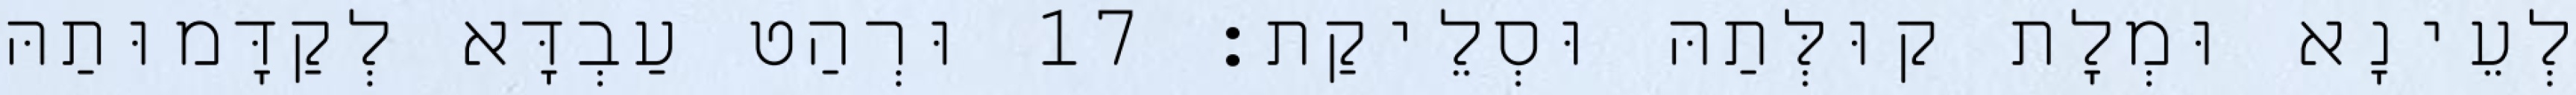
לְעֵינָא וּמְלָת קוּלְּתַהּ וּסְלֵיקַת׃ 17 וּרְהַט עַבְדָּא לְקַדָּמוּתַהּ